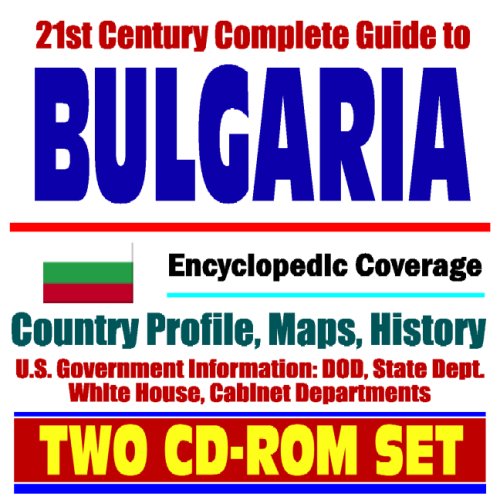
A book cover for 21st Century Complete Guide to Bulgaria - Encyclopedic Coverage, Country Profile, History (Two CD-ROM Set); U.S. Government; Travel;